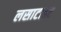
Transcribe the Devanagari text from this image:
लसाटाइट